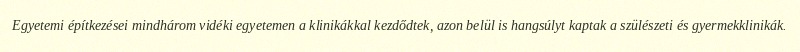
Egyetemi építkezései mindhárom vidéki egyetemen a klinikákkal kezdődtek, azon belül is hangsúlyt kaptak a szülészeti és gyermekklinikák.